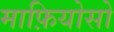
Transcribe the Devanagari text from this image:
माफ़ियोसो